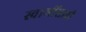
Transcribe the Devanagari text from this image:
स्वामींसाठी